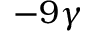
- 9 \gamma